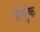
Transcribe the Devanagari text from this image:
जेर्मुक